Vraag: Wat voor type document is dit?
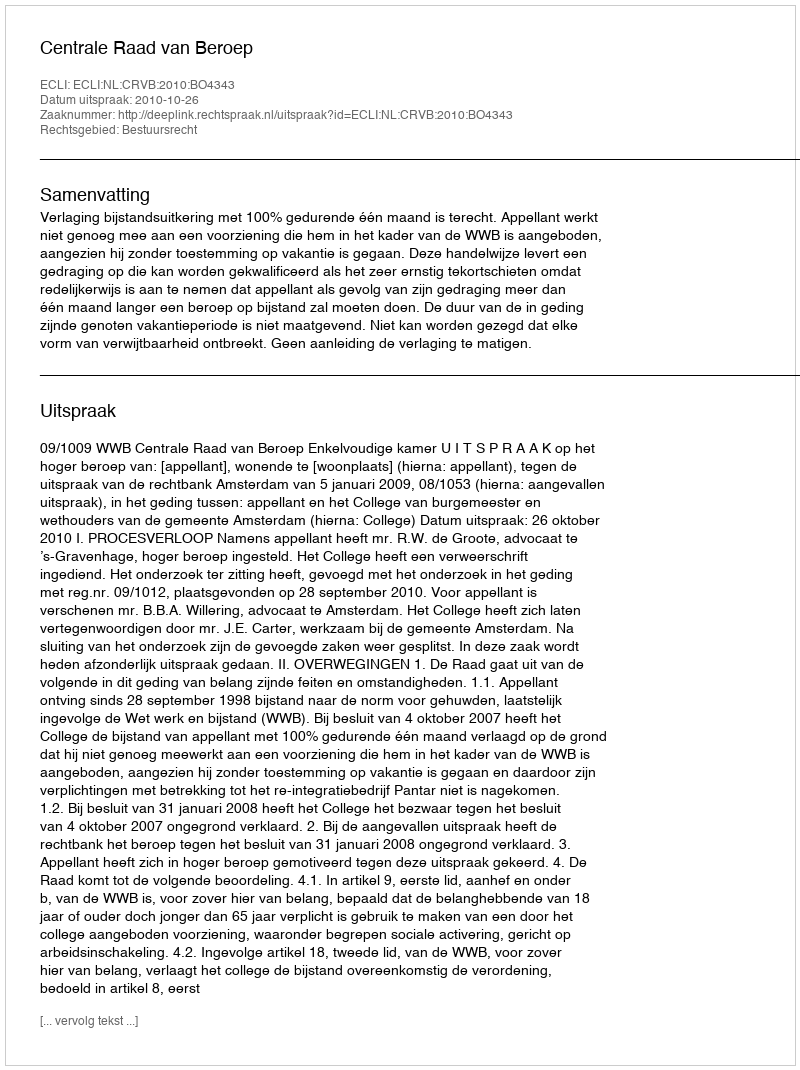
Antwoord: Uitspraak